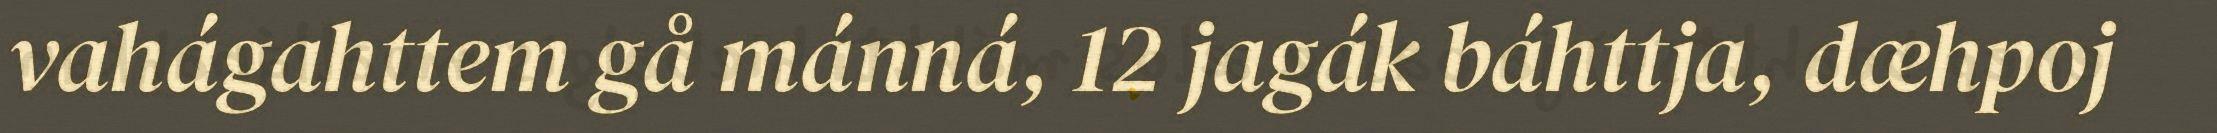
vahágahttem gå mánná, 12 jagák báhttja, dæhpoj